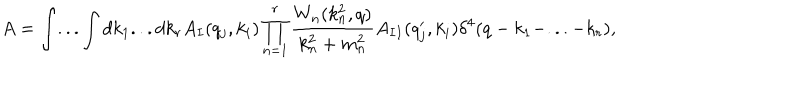
A = \int . . . \int d k _ { 1 } . . . d k _ { r } A _ { I } ( q _ { j } , k _ { i } ) \prod _ { n = 1 } ^ { r } \frac { W _ { n } ( k _ { n } ^ { 2 } , q ) } { k _ { n } ^ { 2 } + m _ { n } ^ { 2 } } A _ { I I } ( q _ { j } ^ { \prime } , k _ { i } ) \delta ^ { 4 } ( q - k _ { 1 } - . . . - k _ { r } ) ,